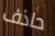
حاذف